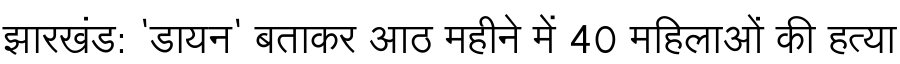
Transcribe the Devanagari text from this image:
झारखंड: 'डायन' बताकर आठ महीने में 40 महिलाओं की हत्या